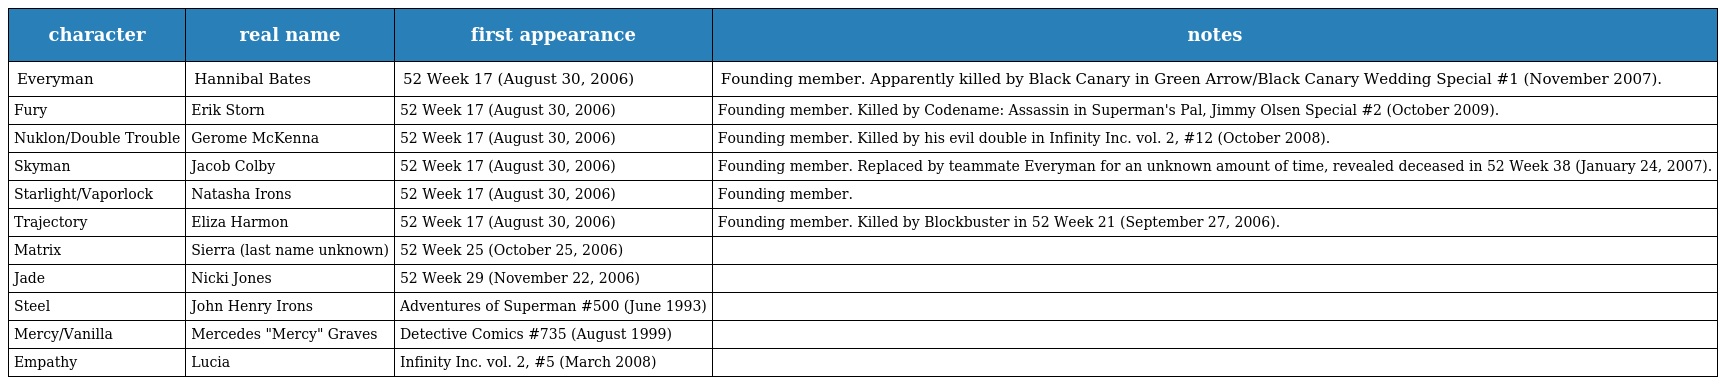
| character | real name | first appearance | notes |
 | --- | --- | --- | --- |
 | Everyman | Hannibal Bates | 52 Week 17 (August 30, 2006) | Founding member. Apparently killed by Black Canary in Green Arrow/Black Canary Wedding Special #1 (November 2007). |
 | Fury | Erik Storn | 52 Week 17 (August 30, 2006) | Founding member. Killed by Codename: Assassin in Superman's Pal, Jimmy Olsen Special #2 (October 2009). |
 | Nuklon/Double Trouble | Gerome McKenna | 52 Week 17 (August 30, 2006) | Founding member. Killed by his evil double in Infinity Inc. vol. 2, #12 (October 2008). |
 | Skyman | Jacob Colby | 52 Week 17 (August 30, 2006) | Founding member. Replaced by teammate Everyman for an unknown amount of time, revealed deceased in 52 Week 38 (January 24, 2007). |
 | Starlight/Vaporlock | Natasha Irons | 52 Week 17 (August 30, 2006) | Founding member. |
 | Trajectory | Eliza Harmon | 52 Week 17 (August 30, 2006) | Founding member. Killed by Blockbuster in 52 Week 21 (September 27, 2006). |
 | Matrix | Sierra (last name unknown) | 52 Week 25 (October 25, 2006) |  |
 | Jade | Nicki Jones | 52 Week 29 (November 22, 2006) |  |
 | Steel | John Henry Irons | Adventures of Superman #500 (June 1993) |  |
 | Mercy/Vanilla | Mercedes "Mercy" Graves | Detective Comics #735 (August 1999) |  |
 | Empathy | Lucia | Infinity Inc. vol. 2, #5 (March 2008) |  |